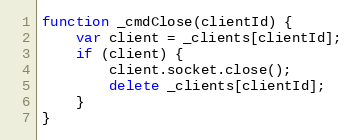
Language: JavaScript
function _cmdClose(clientId) {
    var client = _clients[clientId];
    if (client) {
        client.socket.close();
        delete _clients[clientId];
    }
}